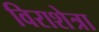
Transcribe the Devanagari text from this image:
विराशेत्रा